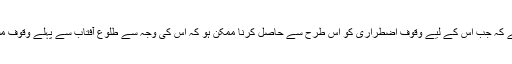
یہ حکم اس وقت ہے کہ جب اس کے لیے وقوف اضطراری کو اس طرح سے حاصل کرنا ممکن ہو کہ اس کی وجہ سے طلوع آفتاب سے پہلے وقوف مشعر ختم نہ ہوتا ہو۔